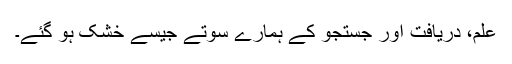
علم، دریافت اور جستجو کے ہمارے سوتے جیسے خشک ہو گئے۔